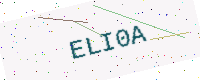
Text: ELI0A